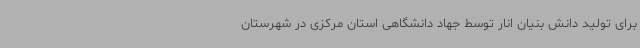
برای تولید دانش بنیان انار توسط جهاد دانشگاهی استان مرکزی در شهرستان